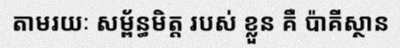
តាមរយៈ សម្ព័ន្ធមិត្ត របស់ ខ្លួន គឺ ប៉ាគីស្ថាន